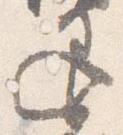
退